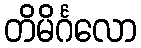
တိမိင်္ဂလော